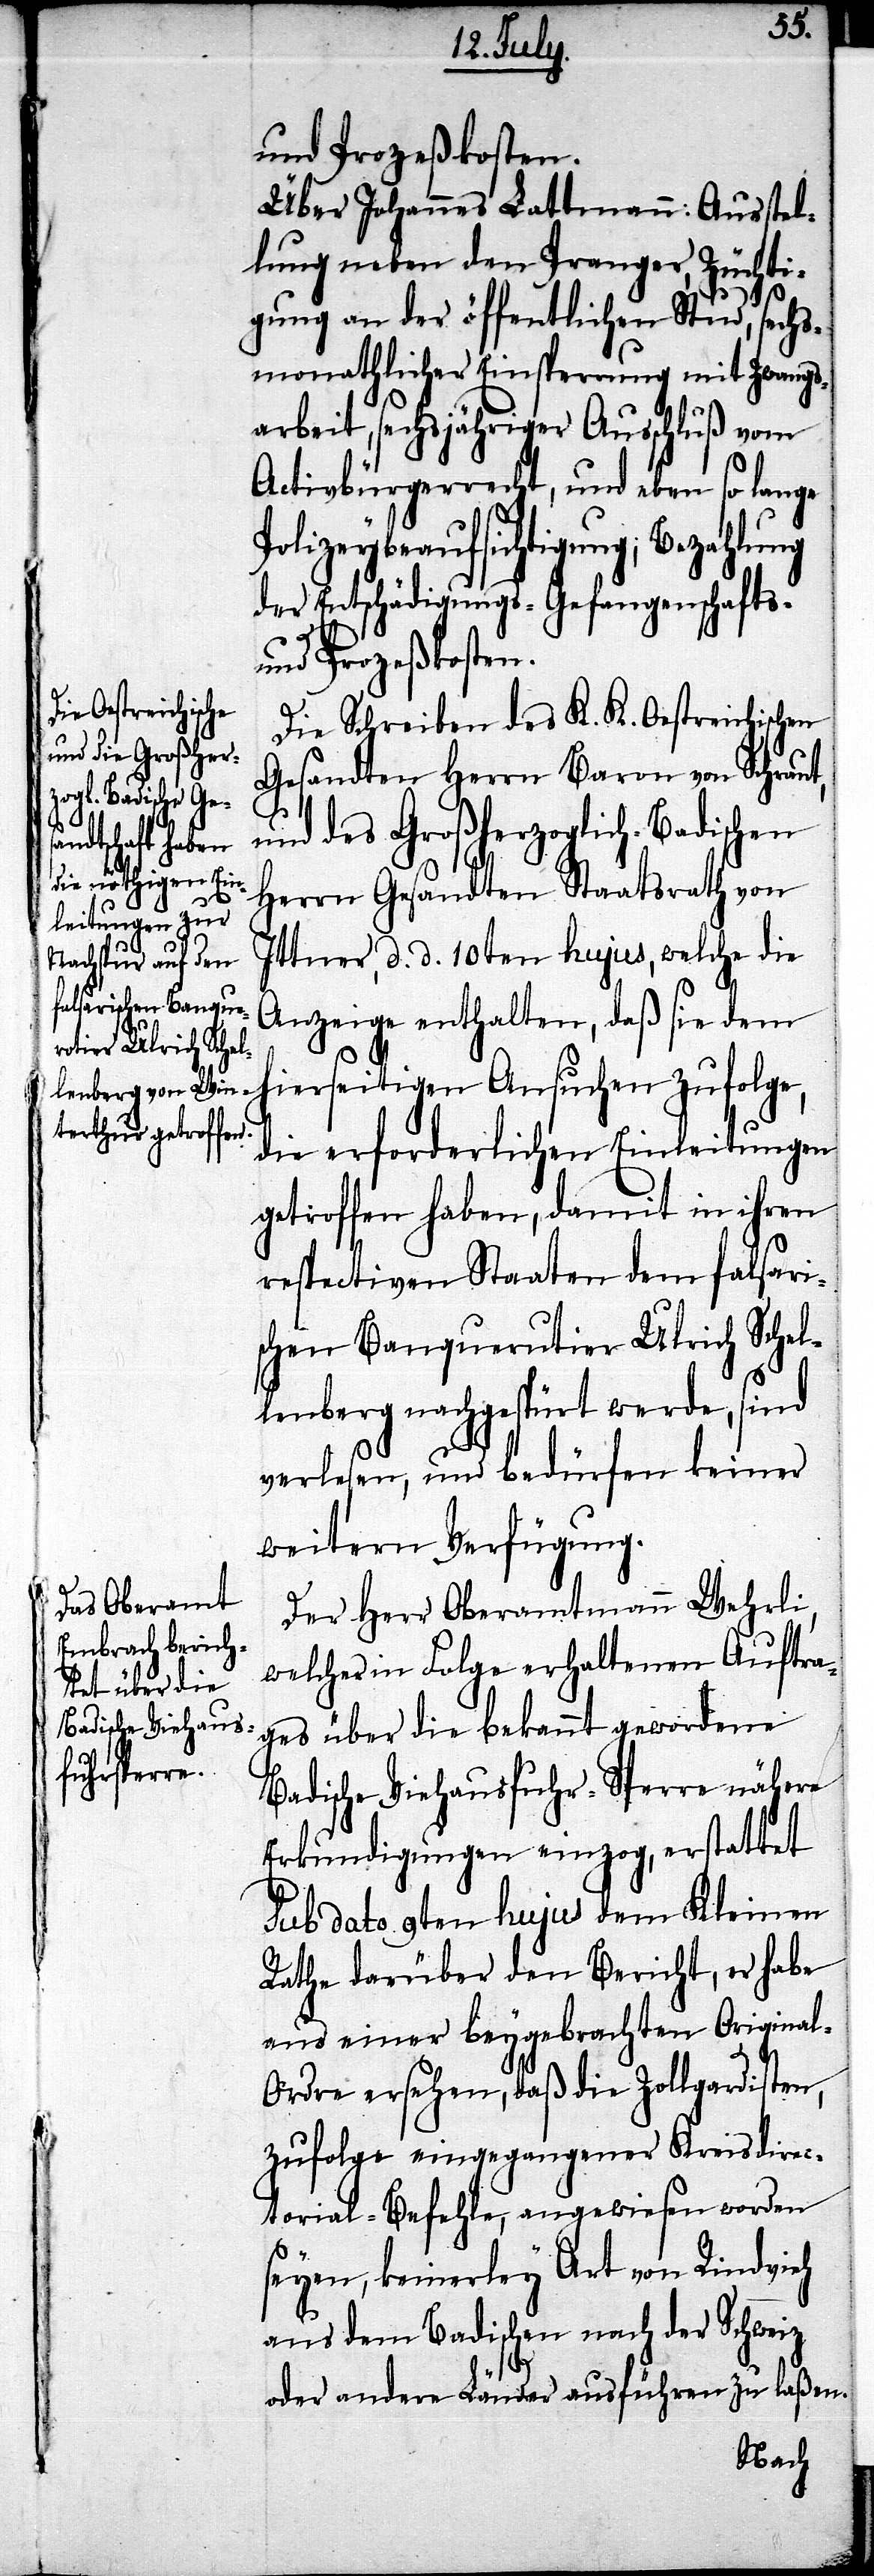
und Prozeßkosten.
Über Johannes Lattmann: Ausstel¬
lung neben den Pranger, Züchti¬
gung an der öffentlichen Stud, sechs¬
monathlicher Einsperrung mit Zwangs¬
arbeit, sechsjähriger Ausschluß vom
Activbürgerrecht, und eben so lange
Polizeybeaufsichtigung; Bezahlung
der Entschädigungs- Gefangenschafts-
Die Schreiben des K. K. Oestreichischen
Gesandten Herrn Baron von Schraut,
und des Großherzoglich-Badischen
Herrn Gesandten Staatsrath von
Ittner, d. d. 10ten hujus, welche die
Anzeige enthalten, daß sie dem
hierseitigen Ansuchen zufolge,
die erforderlichen Einleitungen
getroffen haben, damit in ihren
respectiven Staaten dem falsari¬
schen Banquerotier Ulrich Schel¬
lenberg nachgespürt werde, sind
verlesen, und bedürfen keiner
weitern Verfügung.
Der Herr Oberamtmann Wehrli,
welcher in Folge erhaltenen Auftra¬
ges über die bekannt gewordene
Badische Viehausfuhr-Sperre nähere
Erkundigungen einzog, erstattet
sub dato 9ten hujus dem Kleinen
Rathe darüber den Bericht, er habe
aus einer beygebrachten Origina¬
l-Ordre ersehen, daß die Zollgardisten,
zufolge eingegangener Kreisdirec¬
torial-Befehle, angewiesen worden
seyen, keinerley Art von Rindvieh
aus dem Badischen nach der Schweiz
der andere Länder ausführen zu laßen.